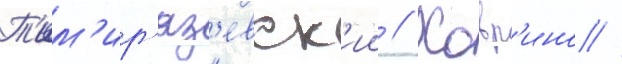
Т'им'ир'яз'евск'ии // Ховр'ино //